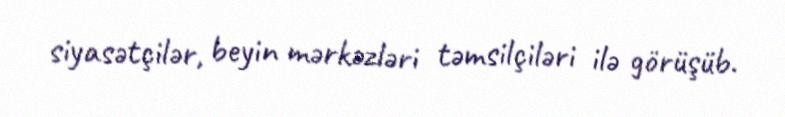
siyasətçilər, beyin mərkəzləri təmsilçiləri ilə görüşüb.